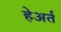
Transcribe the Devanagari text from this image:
हेअर्त